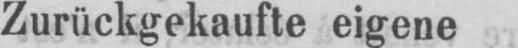
Zurückgekaufte eigene